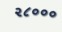
૨૮૦૦૦